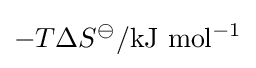
-T\Delta S^{\ominus }\mathrm {/kJ\ mol^{-1}}